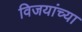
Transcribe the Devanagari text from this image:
विजयांच्या